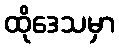
ထိုဒေသမှာ